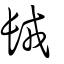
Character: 𨱿